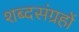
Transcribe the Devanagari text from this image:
शब्दसंग्रहों